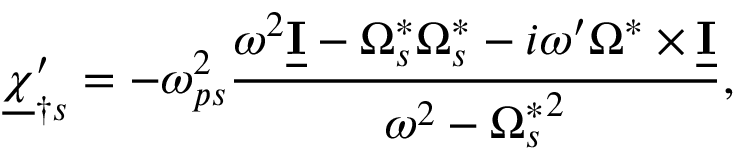
\underline { { \boldsymbol \chi } } _ { \dagger s } ^ { \prime } = - \omega _ { p s } ^ { 2 } \frac { \omega ^ { 2 } \underline { { \mathbf I } } - \boldsymbol \Omega _ { s } ^ { * } \boldsymbol \Omega _ { s } ^ { * } - i \omega ^ { \prime } \boldsymbol \Omega ^ { * } \times \underline { { \mathbf I } } } { \omega ^ { 2 } - { \Omega _ { s } ^ { * } } ^ { 2 } } ,